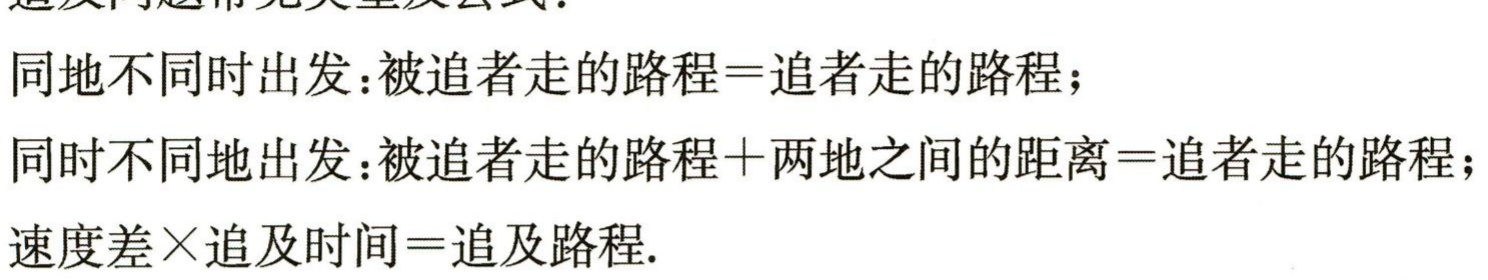
同地不同时出发：被追者走的路程=追者走的路程；
同时不同地出发：被追者走的路程+两地之间的距离=追者走的路程；
速度差×追及时间=追及路程.